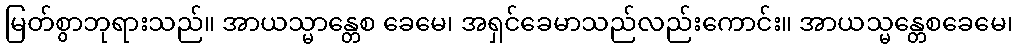
မြတ်စွာဘုရားသည်။ အာယသ္မာန္တေစ ခေမေ၊ အရှင်ခေမာသည်လည်းကောင်း။ အာယသ္မန္တေစခေမေ၊